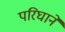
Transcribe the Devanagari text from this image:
परिघाने